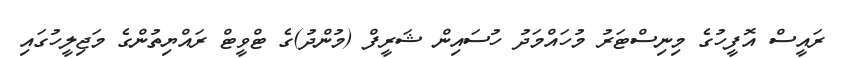
ރައީސް އޮފީހުގެ މިނިސްޓަރު މުހައްމަދު ހުސައިން ޝަރީފް (މުންދު)ގެ ޓްވީޓް ރައްޔިތުންގެ މަޖިލީހުގައި